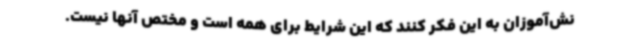
نش‌آموزان به این فکر کنند که این شرایط برای همه است و مختص آنها نیست.